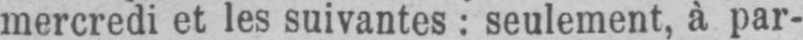
mercredi et les suivantes: seulement, à par-